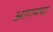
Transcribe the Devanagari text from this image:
आगमया